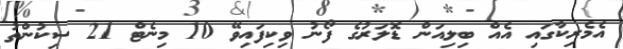
އެމެރިކާގައި އެއް ބިލިއަން ޑޮލަރުގެ ފޯނު ވިކިފައިވޭ 10 މިނެޓް 21 ސިކުންތު